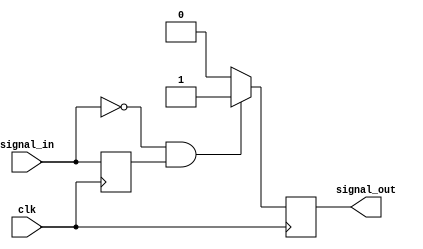
module negative_edge_detector (
    input wire clk,            // Clock signal
    input wire signal_in,      // Input signal to detect negative edge
    output reg signal_out      // Output signal indicating negative edge detection
);

    reg previous_state;        // Register to hold the previous state of signal_in

    always @(posedge clk) begin
        // Sample the current state of signal_in
        previous_state <= signal_in;

        // Detect negative edge: current is low (0) and previous was high (1)
        if (signal_in == 0 && previous_state == 1) begin
            signal_out <= 1;   // Set output high for one clock cycle
        end else begin
            signal_out <= 0;   // Reset output to low
        end
    end

endmodule